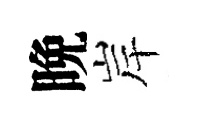
晩岸